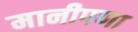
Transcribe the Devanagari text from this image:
मानीपणा